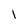
Character: l